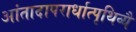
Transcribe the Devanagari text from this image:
आंतादापरार्धात्पृथिव्यै